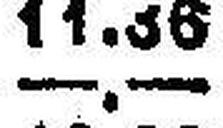
—.—